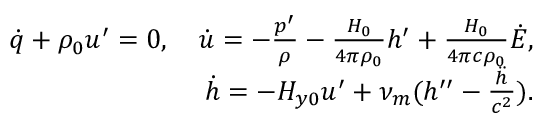
\begin{array} { r } { \dot { q } + \rho _ { 0 } u ^ { \prime } = 0 , \quad \dot { u } = - \frac { p ^ { \prime } } { \rho } - \frac { H _ { 0 } } { 4 \pi \rho _ { 0 } } h ^ { \prime } + \frac { H _ { 0 } } { 4 \pi c \rho _ { 0 } } \dot { E } , } \\ { \dot { h } = - H _ { y 0 } u ^ { \prime } + \nu _ { m } ( h ^ { \prime \prime } - \frac { \ddot { h } } { c ^ { 2 } } ) . } \end{array}